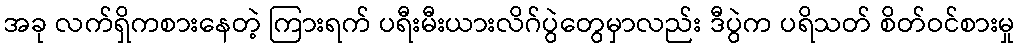
အခု လက်ရှိကစားနေတဲ့ ကြားရက် ပရီးမီးယားလိဂ်ပွဲတွေမှာလည်း ဒီပွဲက ပရိသတ် စိတ်ဝင်စားမှု